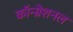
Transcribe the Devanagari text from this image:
कॉन्ग्रेशनल